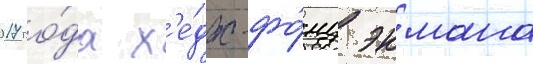
2017 го́да х'е́дж-фо́нд экмана